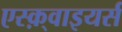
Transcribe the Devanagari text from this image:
एस्क़्वाइयर्स